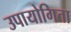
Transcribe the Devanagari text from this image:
उपायोगिता